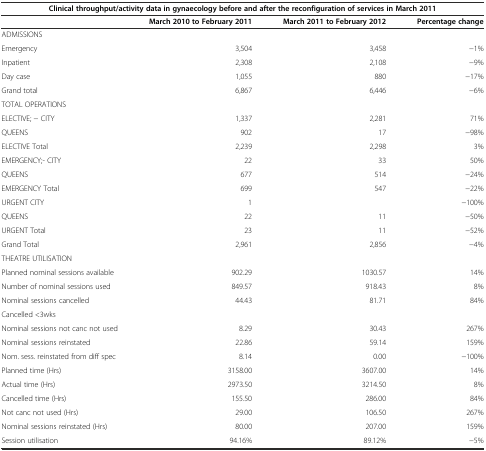
<table><thead><tr><td colspan="4"><b>Clinical throughput/activity data in gynaecology before and after the reconfiguration of services in March 2011</b></td></tr><tr><td></td><td><b>March 2010 to February 2011</b></td><td><b>March 2011 to February 2012</b></td><td><b>Percentage change</b></td></tr></thead><tbody><tr><td>ADMISSIONS</td><td></td><td></td><td></td></tr><tr><td>Emergency</td><td>3,504</td><td>3,458</td><td>-1%</td></tr><tr><td>Inpatient</td><td>2,308</td><td>2,108</td><td>-9%</td></tr><tr><td>Day case</td><td>1,055</td><td>880</td><td>-17%</td></tr><tr><td>Grand total</td><td>6,867</td><td>6,446</td><td>-6%</td></tr><tr><td>TOTAL OPERATIONS</td><td></td><td></td><td></td></tr><tr><td>ELECTIVE; - CITY</td><td>1,337</td><td>2,281</td><td>71%</td></tr><tr><td>QUEENS</td><td>902</td><td>17</td><td>-98%</td></tr><tr><td>ELECTIVE Total</td><td>2,239</td><td>2,298</td><td>3%</td></tr><tr><td>EMERGENCY;- CITY</td><td>22</td><td>33</td><td>50%</td></tr><tr><td>QUEENS</td><td>677</td><td>514</td><td>-24%</td></tr><tr><td>EMERGENCY Total</td><td>699</td><td>547</td><td>-22%</td></tr><tr><td>URGENT CITY</td><td>1</td><td></td><td>-100%</td></tr><tr><td>QUEENS</td><td>22</td><td>11</td><td>-50%</td></tr><tr><td>URGENT Total</td><td>23</td><td>11</td><td>-52%</td></tr><tr><td>Grand Total</td><td>2,961</td><td>2,856</td><td>-4%</td></tr><tr><td>THEATRE UTILISATION</td><td></td><td></td><td></td></tr><tr><td>Planned nominal sessions available</td><td>902.29</td><td>1030.57</td><td>14%</td></tr><tr><td>Number of nominal sessions used</td><td>849.57</td><td>918.43</td><td>8%</td></tr><tr><td>Nominal sessions cancelled</td><td>44.43</td><td>81.71</td><td>84%</td></tr><tr><td>Cancelled &lt;3wks</td><td></td><td></td><td></td></tr><tr><td>Nominal sessions not canc not used</td><td>8.29</td><td>30.43</td><td>267%</td></tr><tr><td>Nominal sessions reinstated</td><td>22.86</td><td>59.14</td><td>159%</td></tr><tr><td>Nom. sess. reinstated from diff spec</td><td>8.14</td><td>0.00</td><td>-100%</td></tr><tr><td>Planned time (Hrs)</td><td>3158.00</td><td>3607.00</td><td>14%</td></tr><tr><td>Actual time (Hrs)</td><td>2973.50</td><td>3214.50</td><td>8%</td></tr><tr><td>Cancelled time (Hrs)</td><td>155.50</td><td>286.00</td><td>84%</td></tr><tr><td>Not canc not used (Hrs)</td><td>29.00</td><td>106.50</td><td>267%</td></tr><tr><td>Nominal sessions reinstated (Hrs)</td><td>80.00</td><td>207.00</td><td>159%</td></tr><tr><td>Session utilisation</td><td>94.16%</td><td>89.12%</td><td>-5%</td></tr></tbody></table>